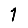
Digit: 1